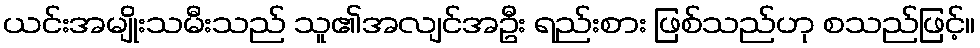
ယင်းအမျိုးသမီးသည် သူ၏အလျင်အဦး ရည်းစား ဖြစ်သည်ဟု စသည်ဖြင့်။